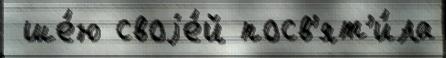
 ше́ю своjе́й посв'ят'и́ла